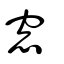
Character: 窗